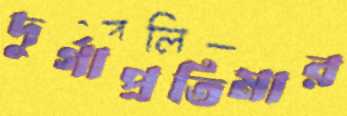
দুর্গাপ্রতিমার